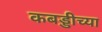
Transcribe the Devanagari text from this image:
कबड्डीच्या